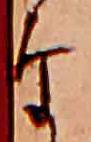
な